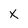
Character: x